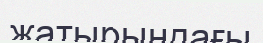
жатырындағы